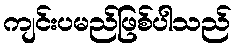
ကျင်းပမည်ဖြစ်ပါသည်